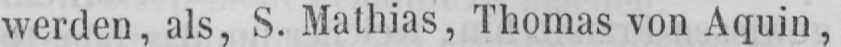
werden, als, S. Mathias, Thomas von Aquin,